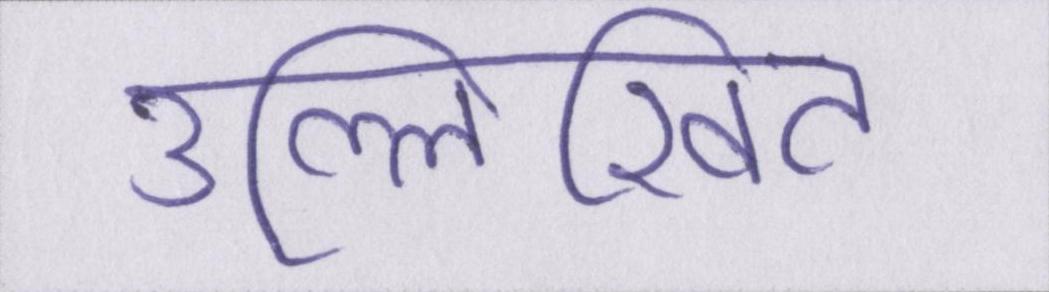
उल्लिखित